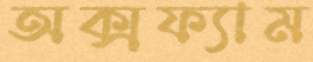
অক্সফ্যাম